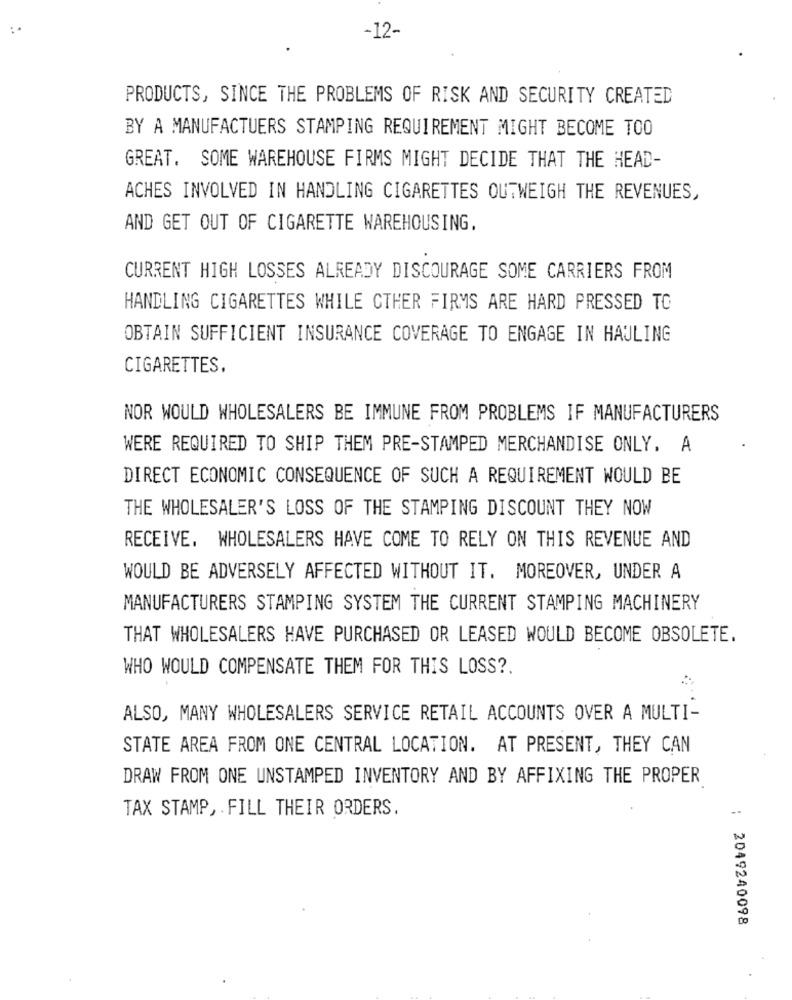
-12-
PRODUCTS, SINCE THE PROBLEMS OF RISK AND SECURITY CREATED
BY A MANUFACTUERS STAMPING REQUIREMENT MIGHT BECOME TOO
GREAT. SOME WAREHOUSE FIRMS MIGHT DECIDE THAT THE HEAD-
ACHES INVOLVED IN HANDLING CIGARETTES OUTWEIGH THE REVENUES,
AND GET OUT OF CIGARETTE WAREHOUSING.
CURRENT HIGH LOSSES ALREADY DISCOURAGE SOME CARRIERS FROM
HANDLING CIGARETTES WHILE OTHER FIRMS ARE HARD PRESSED TO
OBTAIN SUFFICIENT INSURANCE COVERAGE TO ENGAGE IN HAULING
CIGARETTES,
NOR WOULD WHOLESALERS BE IMMUNE FROM PROBLEMS IF MANUFACTURERS
WERE REQUIRED TO SHIP THEM PRE-STAMPED MERCHANDISE ONLY. A
DIRECT ECONOMIC CONSEQUENCE OF SUCH A REQUIREMENT WOULD BE
THE WHOLESALER'S LOSS OF THE STAMPING DISCOUNT THEY NOW
RECEIVE. WHOLESALERS HAVE COME TO RELY ON THIS REVENUE AND
WOULD BE ADVERSELY AFFECTED WITHOUT IT. MOREOVER, UNDER A
MANUFACTURERS STAMPING SYSTEM THE CURRENT STAMPING MACHINERY
THAT WHOLESALERS HAVE PURCHASED OR LEASED WOULD BECOME OBSOLETE.
WHO WOULD COMPENSATE THEM FOR THIS LOSS ?.
ALSO, MANY WHOLESALERS SERVICE RETAIL ACCOUNTS OVER A MULTI-
STATE AREA FROM ONE CENTRAL LOCATION. AT PRESENT, THEY CAN
DRAW FROM ONE UNSTAMPED INVENTORY AND BY AFFIXING THE PROPER
TAX STAMP, FILL THEIR ORDERS.
: 2049240098